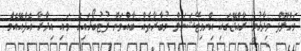
މަހްލޫފް ވިދާޅުވީ ރާއްޖޭގައި އިންވިޓޭޝަނަލް މުބާރާތެއް ބާއްވަން ފުޓުބޯޅައިގެ މައި އިދާރާ އެފްއޭއެމްެ